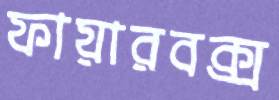
ফায়ারবক্স